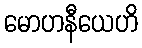
မောဟနီယေဟိ